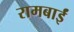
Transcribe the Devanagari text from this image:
रामबाईं